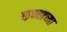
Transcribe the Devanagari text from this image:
कण्वाच्या